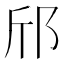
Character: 邤